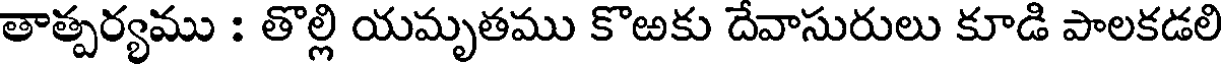
తాత్పర్యము : తొల్లి యమృతము కొఱకు దేవాసురులు కూడి పాలకడలి